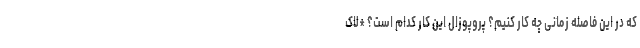
که در این فاصله زمانی چه کار کنیم؟ پروپوزال این کار کدام است؟ *لاک